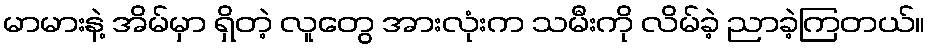
မာမားနဲ့ အိမ်မှာ ရှိတဲ့ လူတွေ အားလုံးက သမီးကို လိမ်ခဲ့ ညာခဲ့ကြတယ်။